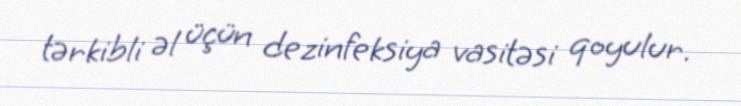
tərkibli əl üçün dezinfeksiya vasitəsi qoyulur.